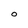
Character: O